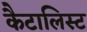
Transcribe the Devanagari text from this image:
कैटालिस्ट